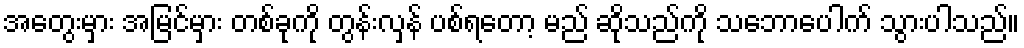
အတွေးမှား အမြင်မှား တစ်ခုကို တွန်းလှန် ပစ်ရတော့ မည် ဆိုသည်ကို သဘောပေါက် သွားပါသည်။